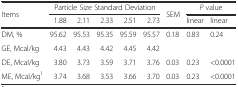
<table><thead><tr><td rowspan="2"><b>Items</b></td><td colspan="5"><b>Particle Size Standard Deviation</b></td><td rowspan="2"><b>SEM</b></td><td colspan="2"><b><i>P</i> value</b></td></tr><tr><td><b>1.88</b></td><td><b>2.11</b></td><td><b>2.33</b></td><td><b>2.51</b></td><td><b>2.73</b></td><td><b>linear</b></td><td><b>linear</b></td></tr></thead><tbody><tr><td>DM, %</td><td>95.62</td><td>95.53</td><td>95.35</td><td>95.59</td><td>95.57</td><td>0.18</td><td>0.83</td><td>0.24</td></tr><tr><td>GE, Mcal/kg</td><td>4.43</td><td>4.43</td><td>4.42</td><td>4.45</td><td>4.42</td><td></td><td></td><td></td></tr><tr><td>DE, Mcal/kg</td><td>3.80</td><td>3.73</td><td>3.59</td><td>3.71</td><td>3.76</td><td>0.03</td><td>0.23</td><td>&lt;0.0001</td></tr><tr><td>ME, Mcal/kg<sup>1</sup></td><td>3.74</td><td>3.68</td><td>3.53</td><td>3.66</td><td>3.70</td><td>0.03</td><td>0.23</td><td>&lt;0.0001</td></tr></tbody></table>